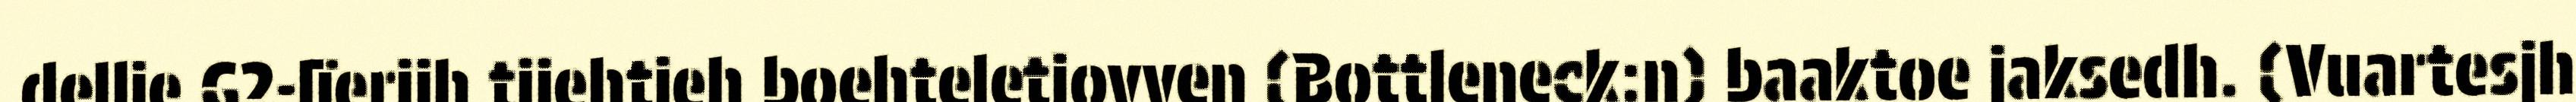
dellie G2-lïerijh tjiehtieh boehteletjovven (Bottleneck:n) baaktoe jaksedh. (Vuartesjh